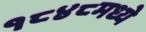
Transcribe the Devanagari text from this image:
१८४८मध्ये